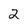
Character: 2